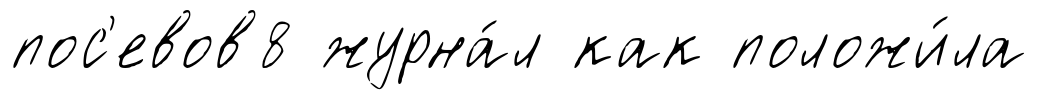
пос'евов8 журна́л как положи́ла